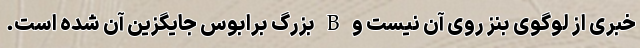
خبری از لوگوی بنز روی آن نیست و B بزرگ برابوس جایگزین آن شده است.